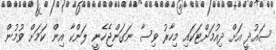
ސައުދީ އަށް ދިއުމަށްޓަކައި މިހާރު ވިސާ ނަގަންޖެހެނީ ލަންކާ އިން ކަމަށް ވުމުން